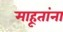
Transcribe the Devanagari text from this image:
माहूतांना